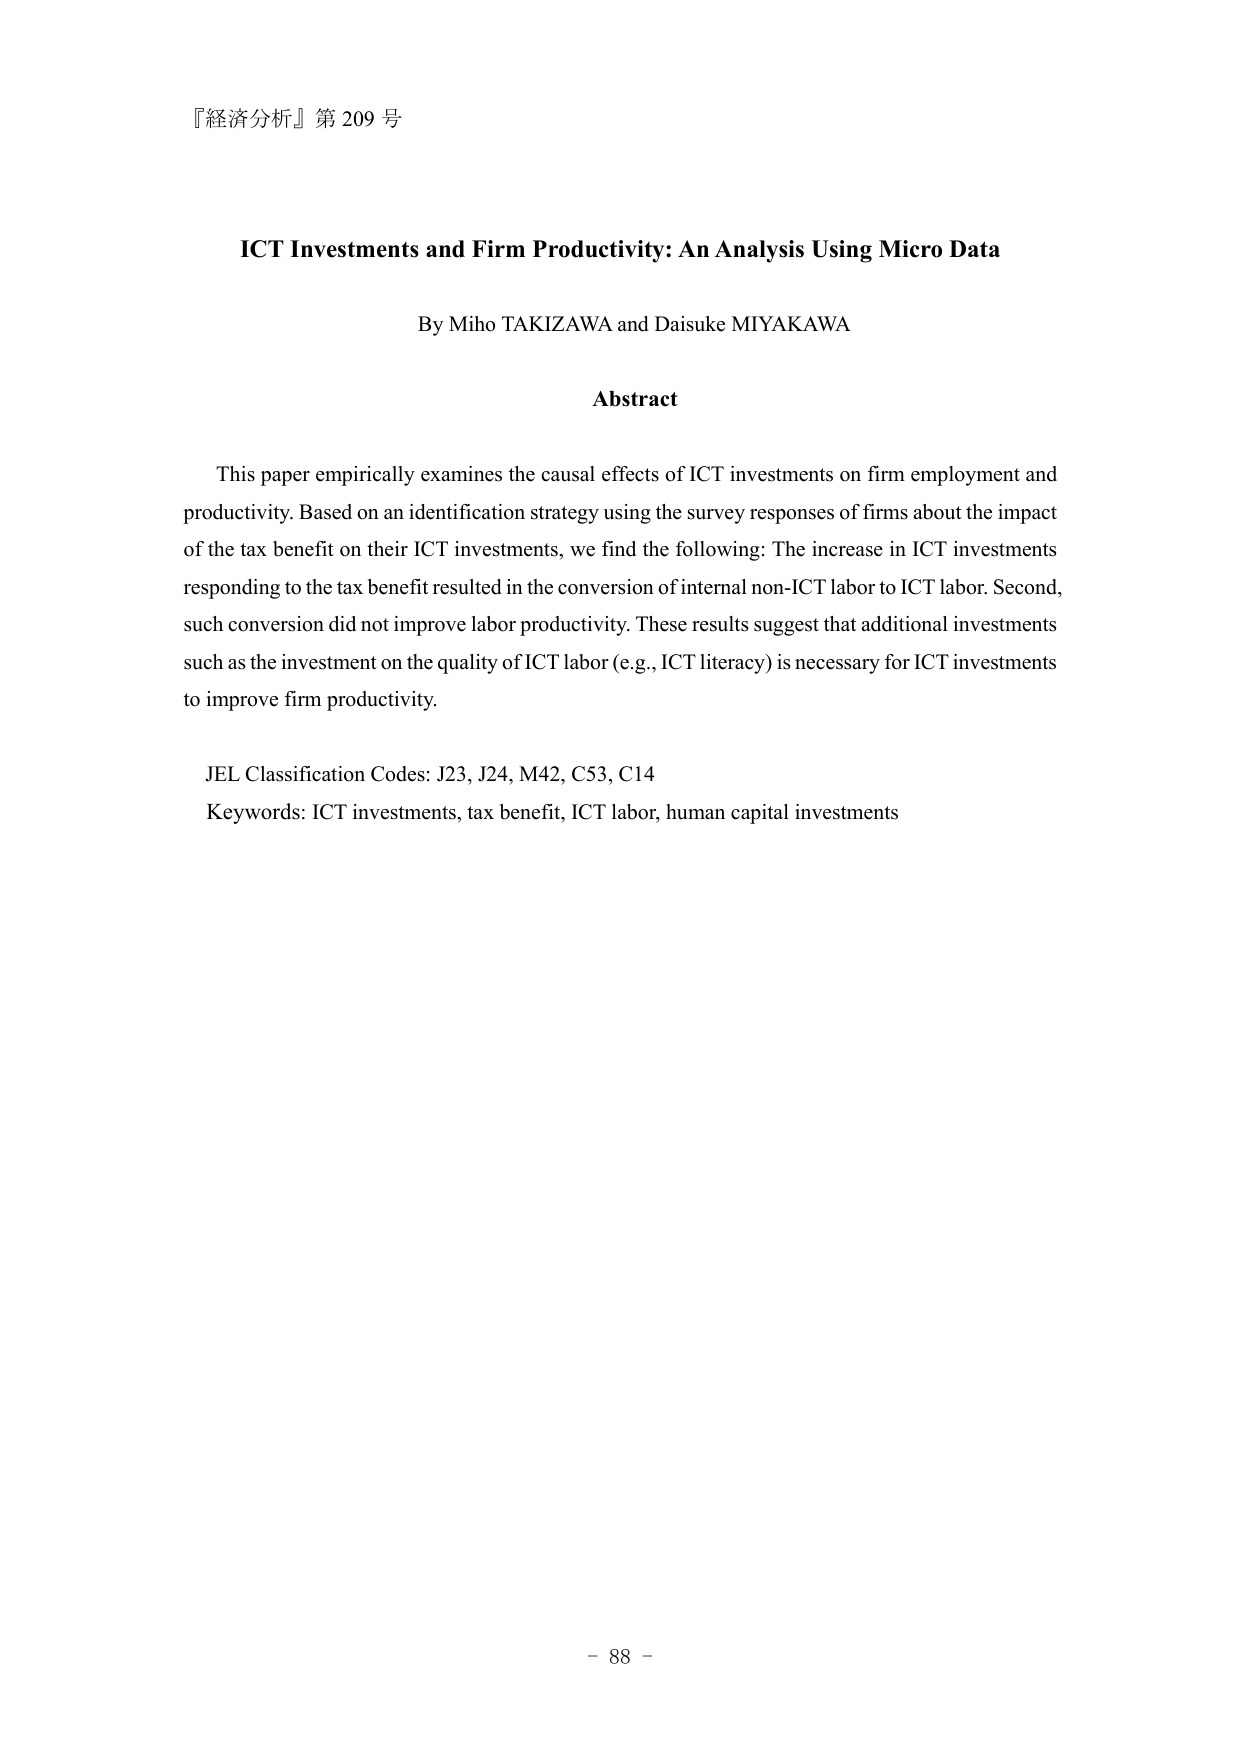
『経済分析』第 209 号

ICT Investments and Firm Productivity: An Analysis Using Micro Data

By Miho TAKIZAWA and Daisuke MIYAKAWA

Abstract

This paper empirically examines the causal effects of ICT investments on firm employment and productivity. Based on an identification strategy using the survey responses of firms about the impact of the tax benefit on their ICT investments, we find the following: The increase in ICT investments responding to the tax benefit resulted in the conversion of internal non-ICT labor to ICT labor. Second, such conversion did not improve labor productivity. These results suggest that additional investments such as the investment on the quality of ICT labor (e.g., ICT literacy) is necessary for ICT investments to improve firm productivity.

JEL Classification Codes: J23, J24, M42, C53, C14
Keywords: ICT investments, tax benefit, ICT labor, human capital investments

- 88 -